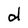
Character: d